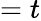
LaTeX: =t